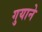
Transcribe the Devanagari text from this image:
गुयाने